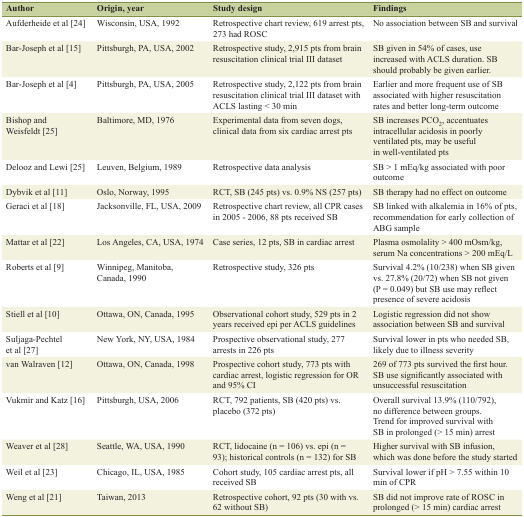
<table><thead><tr><td><b>Author</b></td><td><b>Origin, year</b></td><td><b>Study design</b></td><td><b>Findings</b></td></tr></thead><tbody><tr><td>Aufderheide et al [24]</td><td>Wisconsin, USA, 1992</td><td>Retrospective chart review, 619 arrest pts, 273 had ROSC</td><td>No association between SB and survival</td></tr><tr><td>Bar-Joseph et al [15]</td><td>Pittsburgh, PA, USA, 2002</td><td>Retrospective study, 2,915 pts from brain resuscitation clinical trial III dataset</td><td>SB given in 54% of cases, use increased with ACLS duration. SB should probably be given earlier.</td></tr><tr><td>Bar-Joseph et al [4]</td><td>Pittsburgh, PA, USA, 2005</td><td>Retrospective study, 2,122 pts from brain resuscitation clinical trial III dataset with ACLS lasting &lt; 30 min</td><td>Earlier and more frequent use of SB associated with higher resuscitation rates and better long-term outcome</td></tr><tr><td>Bishop and Weisfeldt [25]</td><td>Baltimore, MD, 1976</td><td>Experimental data from seven dogs, clinical data from six cardiac arrest pts</td><td>SB increases PCO<sub>2</sub>, accentuates intracellular acidosis in poorly ventilated pts, may be useful in well-ventilated pts</td></tr><tr><td>Delooz and Lewi [25]</td><td>Leuven, Belgium, 1989</td><td>Retrospective data analysis</td><td>SB &gt; 1 mEq/kg associated with poor outcome</td></tr><tr><td>Dybvik et al [11]</td><td>Oslo, Norway, 1995</td><td>RCT, SB (245 pts) vs. 0.9% NS (257 pts)</td><td>SB therapy had no effect on outcome</td></tr><tr><td>Geraci et al [18]</td><td>Jacksonville, FL, USA, 2009</td><td>Retrospective chart review, all CPR cases in 2005 - 2006, 88 pts received SB</td><td>SB linked with alkalemia in 16% of pts, recommendation for early collection of ABG sample</td></tr><tr><td>Mattar et al [22]</td><td>Los Angeles, CA, USA, 1974</td><td>Case series, 12 pts, SB in cardiac arrest</td><td>Plasma osmolality &gt; 400 mOsm/kg, serum Na concentrations &gt; 200 mEq/L</td></tr><tr><td>Roberts et al [9]</td><td>Winnipeg, Manitoba, Canada, 1990</td><td>Retrospective study, 326 pts</td><td>Survival 4.2% (10/238) when SB given vs. 27.8% (20/72) when SB not given (P = 0.049) but SB use may reflect presence of severe acidosis</td></tr><tr><td>Stiell et al [10]</td><td>Ottawa, ON, Canada, 1995</td><td>Observational cohort study, 529 pts in 2 years received epi per ACLS guidelines</td><td>Logistic regression did not show association between SB and survival</td></tr><tr><td>Suljaga-Pechtel et al [27]</td><td>New York, NY, USA, 1984</td><td>Prospective observational study, 277 arrests in 226 pts</td><td>Survival lower in pts who needed SB, likely due to illness severity</td></tr><tr><td>van Walraven [12]</td><td>Ottawa, ON, Canada, 1998</td><td>Prospective cohort study, 773 pts with cardiac arrest, logistic regression for OR and 95% CI</td><td>269 of 773 pts survived the first hour. SB use significantly associated with unsuccessful resuscitation</td></tr><tr><td>Vukmir and Katz [16]</td><td>Pittsburgh, USA, 2006</td><td>RCT, 792 patients, SB (420 pts) vs. placebo (372 pts)</td><td>Overall survival 13.9% (110/792), no difference between groups. Trend for improved survival with SB in prolonged (&gt; 15 min) arrest</td></tr><tr><td>Weaver et al [28]</td><td>Seattle, WA, USA, 1990</td><td>RCT, lidocaine (n = 106) vs. epi (n = 93); historical controls (n = 132) for SB</td><td>Higher survival with SB infusion, which was done before the study started</td></tr><tr><td>Weil et al [23]</td><td>Chicago, IL, USA, 1985</td><td>Cohort study, 105 cardiac arrest pts, all received SB</td><td>Survival lower if pH &gt; 7.55 within 10 min of CPR</td></tr><tr><td>Weng et al [21]</td><td>Taiwan, 2013</td><td>Retrospective cohort, 92 pts (30 with vs. 62 without SB)</td><td>SB did not improve rate of ROSC in prolonged (&gt; 15 min) cardiac arrest</td></tr></tbody></table>